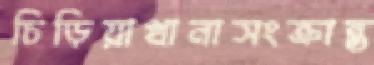
চিড়িয়াখানাসংক্রান্ত